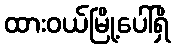
ထားဝယ်မြို့ပေါ်ရှိ